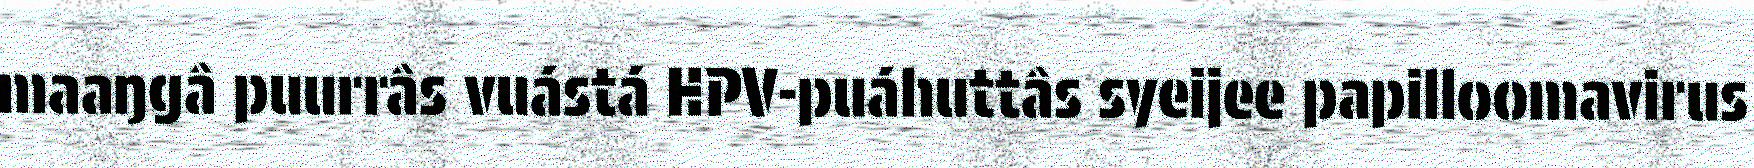
maaŋgâ puurrâs vuástá HPV-puáhuttâs syeijee papilloomavirus